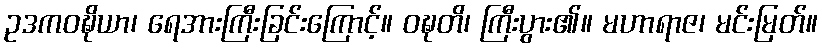
ဥဒကဝဍ္ဎိယာ၊ ရေအားကြီးခြင်းကြောင့်။ ဝဍ္ဎတိ၊ ကြီးပွား၏။ မဟာရာဇ၊ မင်းမြတ်။